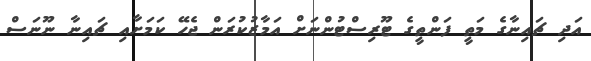
އަދި ޗައިނާގެ މަތީ ފަންތީގެ ޓޫރިސްޓުންނަށް އަމާޒުކުރަން ޖެހޭ ކަމަށާއި ޗައިނާ ނޫނަސް